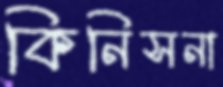
কিনিসনা